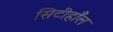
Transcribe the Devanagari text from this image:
सिटीहाँल